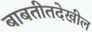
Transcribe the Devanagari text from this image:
बाबतीतदेखील